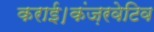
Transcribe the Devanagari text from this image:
कराई।कंज़रवेटिव